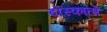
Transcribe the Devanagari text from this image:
दोस्कातों